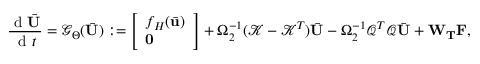
\frac { \mathrm { ~ d ~ } \bar { \mathbf { U } } } { \mathrm { ~ d ~ } t } = \mathcal { G } _ { \boldsymbol { \Theta } } ( \bar { \mathbf { U } } ) : = \left[ \begin{array} { l } { f _ { H } ( \bar { \mathbf { u } } ) } \\ { \mathbf { 0 } } \end{array} \right] + \boldsymbol { \Omega } _ { 2 } ^ { - 1 } ( \mathcal { K } - \mathcal { K } ^ { T } ) \bar { \mathbf { U } } - \boldsymbol { \Omega } _ { 2 } ^ { - 1 } \mathcal { Q } ^ { T } \mathcal { Q } \bar { \mathbf { U } } + \mathbf { W } _ { \mathbf { T } } \mathbf { F } ,